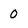
Character: 0